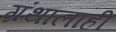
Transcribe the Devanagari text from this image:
ग्रंथालाही